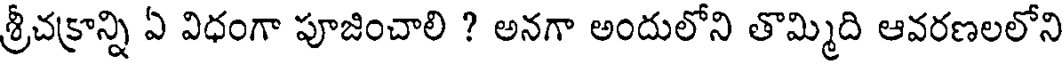
శ్రీచక్రాన్ని ఏ విధంగా పూజించాలి ? అనగా అందులోని తొమ్మిది ఆవరణలలోని